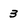
Character: 3